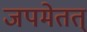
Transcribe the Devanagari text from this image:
जपमेतत्